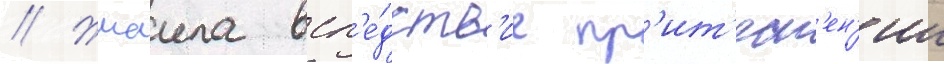
// Жмаила всл'е́дств'ие пр'ит'есн'ен'ии